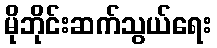
မိုဘိုင်းဆက်သွယ်ရေး